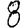
Digit: 8